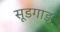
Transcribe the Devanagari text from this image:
सूडगाड